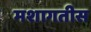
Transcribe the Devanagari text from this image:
मशागतीस